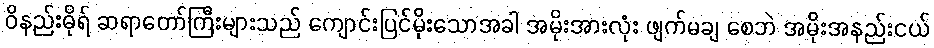
ဝိနည်းဓိုရ် ဆရာတော်ကြီးများသည် ကျောင်းပြင်မိုးသောအခါ အမိုးအားလုံး ဖျက်မချ စေဘဲ အမိုးအနည်းငယ်